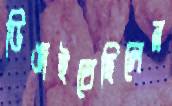
ডিঙাইতেছিলেন